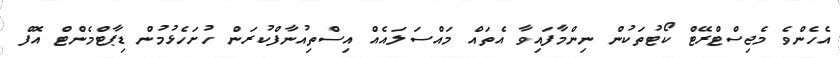
އެހެންވެ މެޖިސްޓްރޭޓް ކޯޓުތަކުން ނިންމާފައިވާ އެތައް މައްސަލައެއް އިސްތިއުނާފްކުރަން ހުށަހެޅުމުން ޑިޕާޓްމެންޓް އޮފް